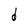
Character: d